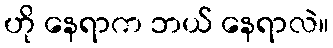
ဟို နေရာက ဘယ် နေရာလဲ။